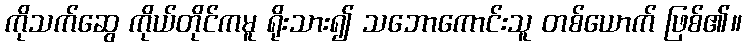
ကိုသက်ဆွေ ကိုယ်တိုင်ကမူ ရိုးသား၍ သဘောကောင်းသူ တစ်ယောက် ဖြစ်၏။